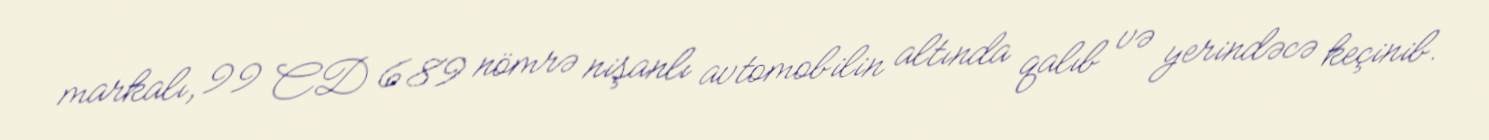
markalı, 99 CD 689 nömrə nişanlı avtomobilin altında qalıb və yerindəcə keçinib.